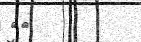
١٠